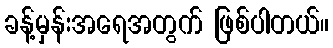
ခန့်မှန်းအရေအတွက် ဖြစ်ပါတယ်။